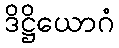
ဒိဋ္ဌိယောဂံ